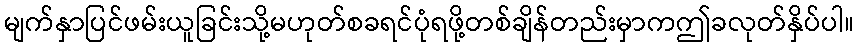
မျက်နှာပြင်ဖမ်းယူခြင်းသို့မဟုတ်စခရင်ပုံရဖို့တစ်ချိန်တည်းမှာကဤခလုတ်နှိပ်ပါ။